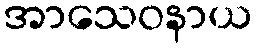
အာသေဝနာယ